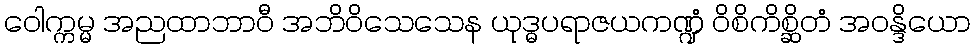
ဝေါက္ကမ္မ အညထာဘာဝီ အဘိဝိသေသေန ယုဒ္ဓပရာဇယကဏ္ဍံ ဝိစိကိစ္ဆိတံ အဝန္ဒိယော